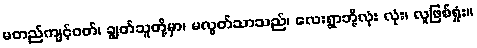
မတည်ကျင့်ဝတ်၊ ချွတ်သူတို့မှာ၊ မလွတ်သာသည်၊ လေးရွာဘို့လုံး လုံး၊ လူဖြစ်ရှုံး။